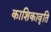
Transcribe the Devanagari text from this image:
काशिकावृति